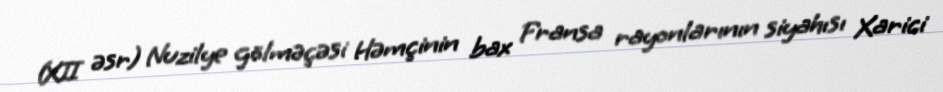
(XII əsr) Nuzilye gölməçəsi Həmçinin bax Fransa rayonlarının siyahısı Xarici